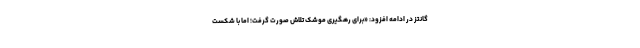
گانتز در ادامه افزود: «برای رهگیری موشک تلاش صورت گرفت؛ اما با شکست